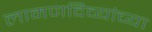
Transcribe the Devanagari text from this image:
लामणदिव्यांच्या